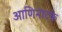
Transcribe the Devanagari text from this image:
आणिनाटके